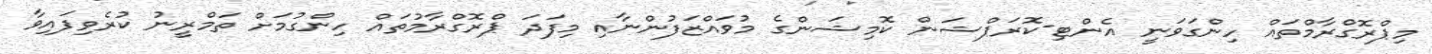
މިޕްރޮގްރާމްތައް ހިންގަވަނީ އެންޓި-ކޮރަޕްޝަން ކޮމިޝަންގެ މުވައްޒަފުންނާއި މިފަދަ ޕްރޮގްރާމުތައް ހިންގުމަށް ތަމްރީނު ކުރެވިފައިވާ